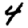
Digit: 4